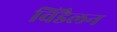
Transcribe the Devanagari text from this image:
विंडैलन